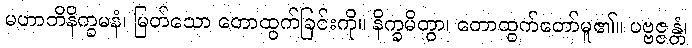
မဟာဘိနိက္ခမနံ၊ မြတ်သော တောထွက်ခြင်းကို။ နိက္ခမိတွာ၊ တောထွက်တော်မူ၏။ ပဗ္ဗဇ္ဇန္တံ၊